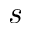
s